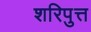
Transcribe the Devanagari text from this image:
शरिपुत्त